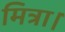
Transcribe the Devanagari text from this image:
मित्रा।